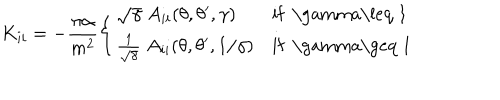
LaTeX: K _ { i i } = - \frac { \pi \alpha } { m ^ { 2 } } \left\{ \begin{array} { l l } { { \sqrt { \gamma } \; A _ { i i } ( \theta , \theta ^ { \prime } , \gamma ) } } & { { \mathrm { i f ~ \ g a m m a \leq ~ 1 ~ } } } \\ { { { \frac { 1 } { \sqrt \gamma } } \; A _ { i i } ( \theta , \theta ^ { \prime } , 1 / \gamma ) } } & { { \mathrm { i f ~ \ g a m m a \geq ~ 1 ~ } } } \\ \end{array} \right.